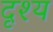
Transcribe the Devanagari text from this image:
दृश्‍य